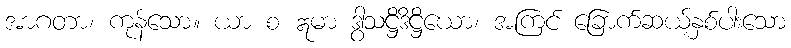
အာဂတာ၊ ကုန်သော။ ယာ စ ဣမာ ဒွါသဋ္ဌိဒိဋ္ဌိယော၊ အကြင် ခြောက်ဆယ့်နှစ်ပါးသော